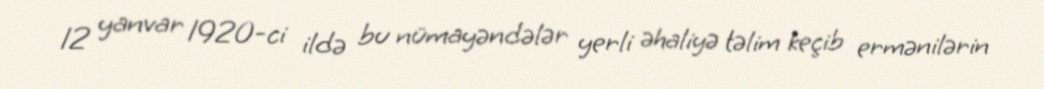
12 yanvar 1920-ci ildə bu nümayəndələr yerli əhaliyə təlim keçib ermənilərin